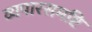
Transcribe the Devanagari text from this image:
व्यपारसमष्टि